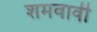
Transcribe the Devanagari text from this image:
शमवावी